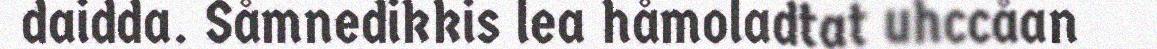
daidda. Såmnedikkis lea håmoladtat uhccåan